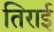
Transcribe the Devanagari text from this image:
तिराई